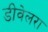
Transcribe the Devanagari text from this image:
डीवेलरा